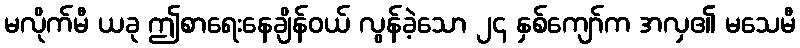
မလိုက်မီ ယခု ဤစာရေးနေချိန်ဝယ် လွန်ခဲ့သော ၂၄ နှစ်ကျော်က အလှ၏ မသေမီ